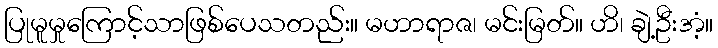
ပြုမူမှုကြောင့်သာဖြစ်ပေသတည်း။ မဟာရာဇ၊ မင်းမြတ်။ ဟိ၊ ချဲ့ဦးအံ့။